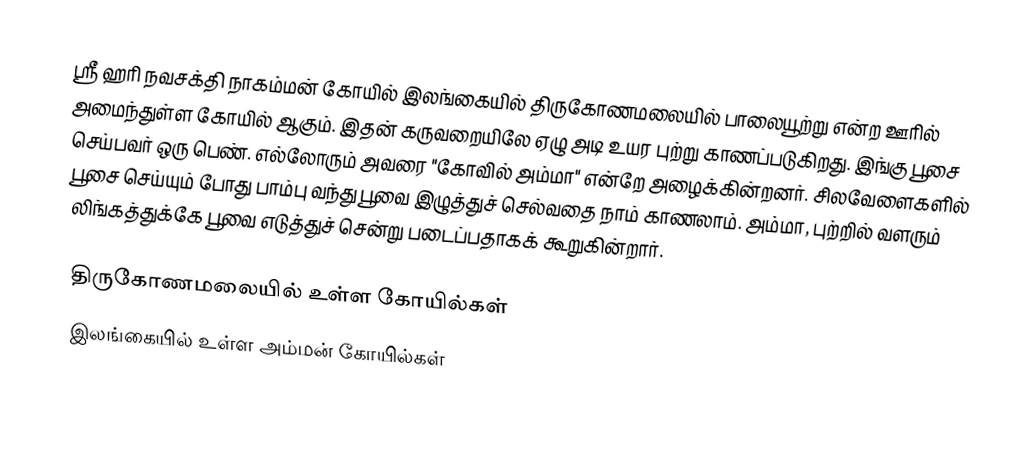
ஸ்ரீ ஹரி நவசக்தி நாகம்மன் கோயில் இலங்கையில் திருகோணமலையில் பாலையூற்று என்ற ஊரில் அமைந்துள்ள கோயில் ஆகும். இதன் கருவறையிலே ஏழு அடி உயர புற்று காணப்படுகிறது. இங்கு பூசை செய்பவர் ஒரு பெண். எல்லோரும் அவரை "கோவில் அம்மா" என்றே அழைக்கின்றனர். சிலவேளைகளில் பூசை செய்யும் போது பாம்பு வந்து பூவை இழுத்துச் செல்வதை நாம் காணலாம். அம்மா, புற்றில் வளரும் லிங்கத்துக்கே பூவை எடுத்துச் சென்று படைப்பதாகக் கூறுகின்றார்.

திருகோணமலையில் உள்ள கோயில்கள்
இலங்கையில் உள்ள அம்மன் கோயில்கள்